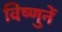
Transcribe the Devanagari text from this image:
विष्णुनें